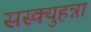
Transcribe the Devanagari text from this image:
सस्क्युहन्ना